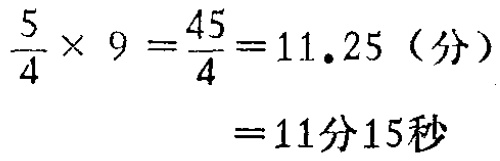
\(\frac{5}{4} \times 9 =\frac{45}{4}=11.25 \text{（分）} \\=11\text{分}15\text{秒}\)